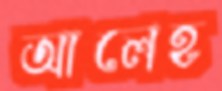
আলেহ